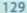
12973